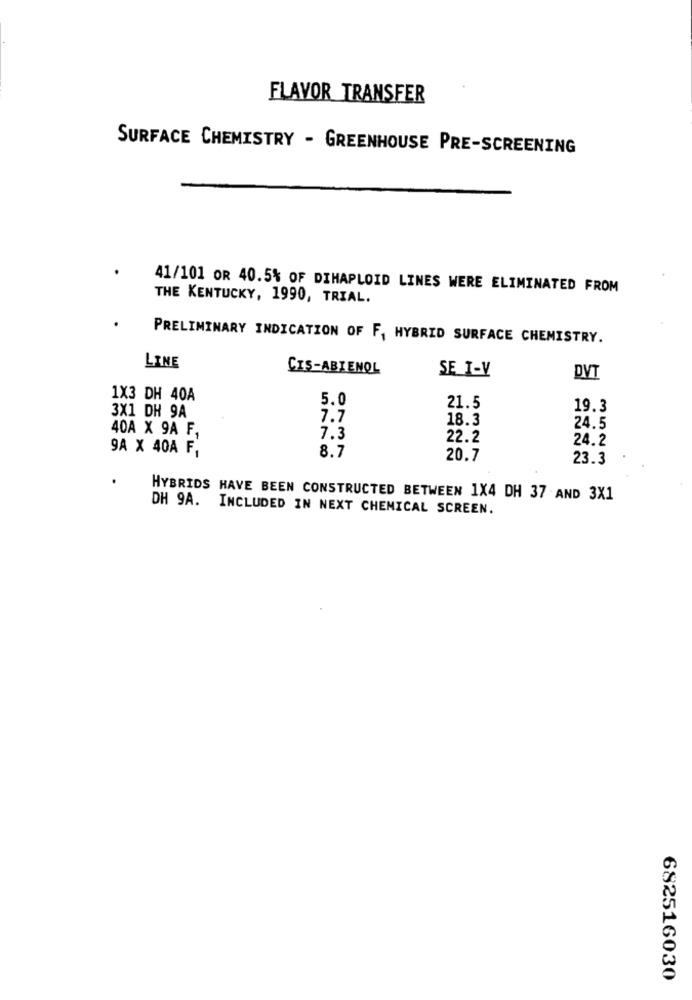
FLAVOR TRANSFER
SURFACE CHEMISTRY - GREENHOUSE PRE-SCREENING
41/101 OR 40.5% OF DIHAPLOID LINES WERE ELIMINATED FROM
THE KENTUCKY, 1990, TRIAL.
PRELIMINARY INDICATION OF F, HYBRID SURFACE CHEMISTRY.
LINE
CIS-ABIENOL
SE I-V
DVT
1X3 DH 40A
5.0
21.5
19.3
3X1 DH 9A
7.7
18.3
24.5
40A X 9A F,
7.3
22.2
24.2
9A X 40A F,
8.7
20.7
23.3
HYBRIDS HAVE BEEN CONSTRUCTED BETWEEN 1X4 DH 37 AND 3X1
DH 9A. INCLUDED IN NEXT CHEMICAL SCREEN.
682516030